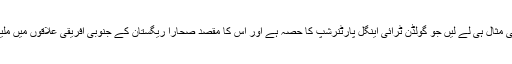
نیٹس فار لائف کی مثال ہی لے لیں جو گولڈن ٹرائی اینگل پارٹنرشپ کا حصہ ہے اور اس کا مقصد صحارا ریگستان کے جنوبی افریقی علاقوں میں ملیریا کا خاتمہ ہے۔